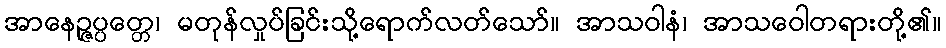
အာနေဉ္ဇပ္ပတ္တေ၊ မတုန်လှုပ်ခြင်းသို့ရောက်လတ်သော်။ အာသဝါနံ၊ အာသဝေါတရားတို့၏။